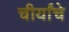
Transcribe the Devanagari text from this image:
चीर्यांचे